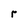
Character: r